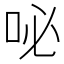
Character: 咇